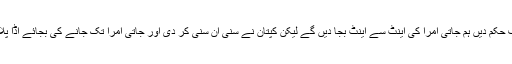
اُنہوں نے کپتان کو مخاطب کرکے کہا کہ وہ صرف حکم دیں ہم جاتی اُمرا کی اینٹ سے اینٹ بجا دیں گے لیکن کپتان نے سُنی اَن سنی کر دی اور جاتی اُمرا تک جانے کی بجائے اڈا پلاٹ پر ہی اپنا احتجاج ریکارڈ کروا کے واپس آگئے۔